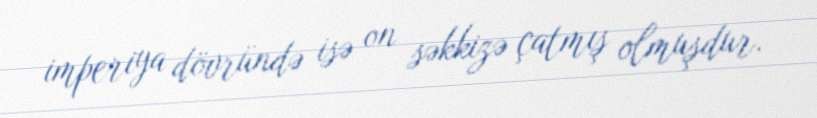
imperiya dövründə isə on səkkizə çatmış olmuşdur.